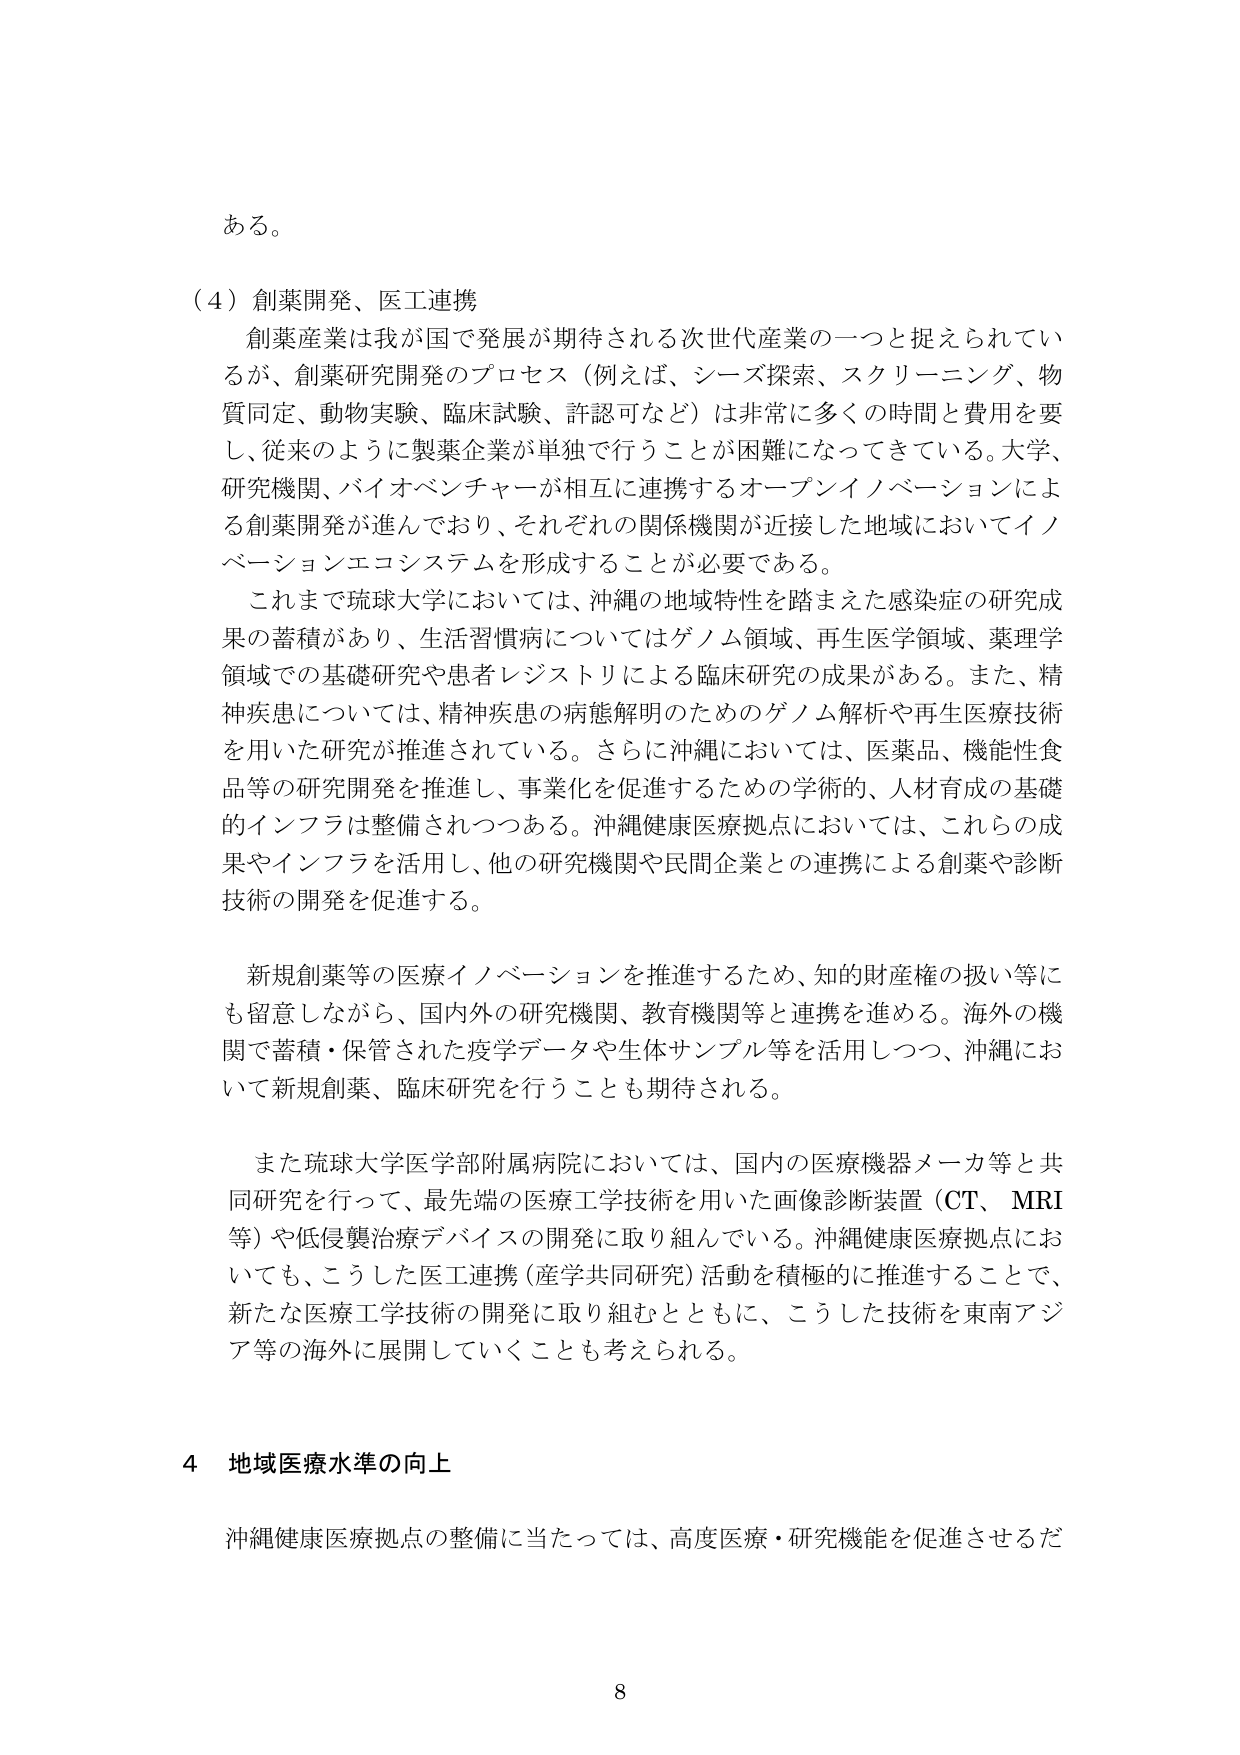
ある。

（４）創薬開発、医工連携
創薬産業は我が国で発展が期待される次世代産業の一つと捉えられているが、創薬研究開発のプロセス（例えば、シーズ探索、スクリーニング、物質同定、動物実験、臨床試験、許認可など）は非常に多くの時間と費用を要し、従来のように製薬企業が単独で行うことが困難になってきている。大学、研究機関、バイオベンチャーが相互に連携するオープンイノベーションによる創薬開発が進んでおり、それぞれの関係機関が近接した地域においてイノベーションエコシステムを形成することが必要である。
これまで琉球大学においては、沖縄の地域特性を踏まえた感染症の研究成果の蓄積があり、生活習慣病についてはゲノム領域、再生医学領域、薬理学領域での基礎研究や患者レジストリによる臨床研究の成果がある。また、精神疾患については、精神疾患の病態解明のためのゲノム解析や再生医療技術を用いた研究が推進されている。さらに沖縄においては、医薬品、機能性食品等の研究開発を推進し、事業化を促進するための学術的、人材育成の基礎的インフラは整備されつつある。沖縄健康医療拠点においては、これらの成果やインフラを活用し、他の研究機関や民間企業との連携による創薬や診断技術の開発を促進する。
新規創薬等の医療イノベーションを推進するため、知的財産権の扱い等にも留意しながら、国内外の研究機関、教育機関等と連携を進める。海外の機関で蓄積・保管された疫学データや生体サンプル等を活用しつつ、沖縄において新規創薬、臨床研究を行うことも期待される。
また琉球大学医学部附属病院においては、国内の医療機器メーカー等と共同研究を行って、最先端の医療工学技術を用いた画像診断装置（CT、MRI等）や低侵襲治療デバイスの開発に取り組んでいる。沖縄健康医療拠点においても、こうした医工連携（産学共同研究）活動を積極的に推進することで、新たな医療工学技術の開発に取り組むとともに、こうした技術を東南アジア等の海外に展開していくことも考えられる。

４ 地域医療水準の向上
沖縄健康医療拠点の整備に当たっては、高度医療・研究機能を促進させるだ

8